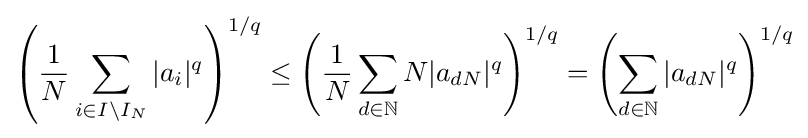
\left({\frac {1}{N}}\sum _{i\in I\setminus I_{N}}|a_{i}|^{q}\right)^{1/q}\leq \left({\frac {1}{N}}\sum _{d\in \mathbb {N} }N|a_{dN}|^{q}\right)^{1/q}=\left(\sum _{d\in \mathbb {N} }|a_{dN}|^{q}\right)^{1/q}